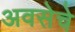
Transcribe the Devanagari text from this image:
अवसेचे